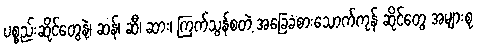
ပစ္စည်းဆိုင်တွေနဲ့၊ ဆန်၊ ဆီ၊ ဆား၊ ကြက်သွန်စတဲ့ အခြေခံစားသောက်ကုန် ဆိုင်တွေ အများစု